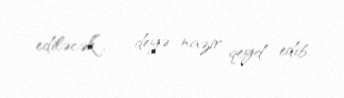
ediləcək”, - deyə nazir qeyd edib.